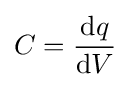
C={\mathrm {d} q \over \mathrm {d} V}\,\!